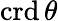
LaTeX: \operatorname{crd}\theta